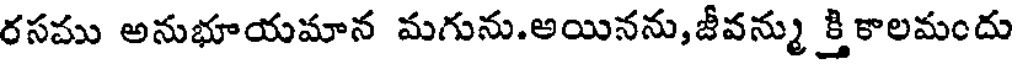
రసము అనుభూయమాన మగును.అయినను,జీవన్ము క్తికాలమందు